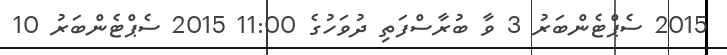
2015 ސެޕްޓެންބަރު 3 ވާ ބުރާސްފަތި ދުވަހުގެ 11:00 2015 ސެޕްޓެންބަރު 10